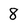
Character: 8